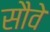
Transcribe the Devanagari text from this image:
सौवे